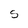
Character: S